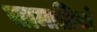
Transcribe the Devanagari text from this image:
सामाग्रियां